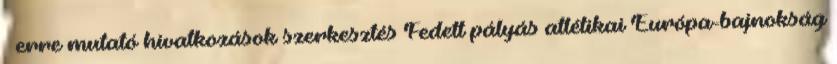
← erre mutató hivatkozások szerkesztés Fedett pályás atlétikai Európa-bajnokság